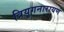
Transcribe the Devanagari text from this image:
त्रियुगनारायण